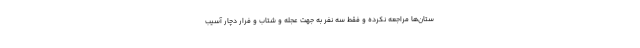
ستان‌ها مراجعه نکرده و فقط سه نفر به جهت عجله و شتاب و فرار دچار آسیب